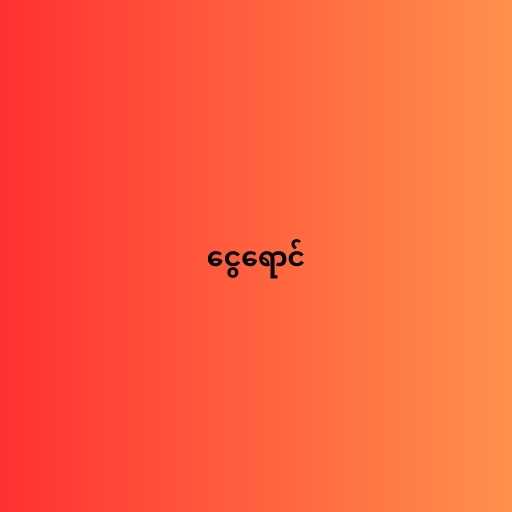
ငွေရောင်